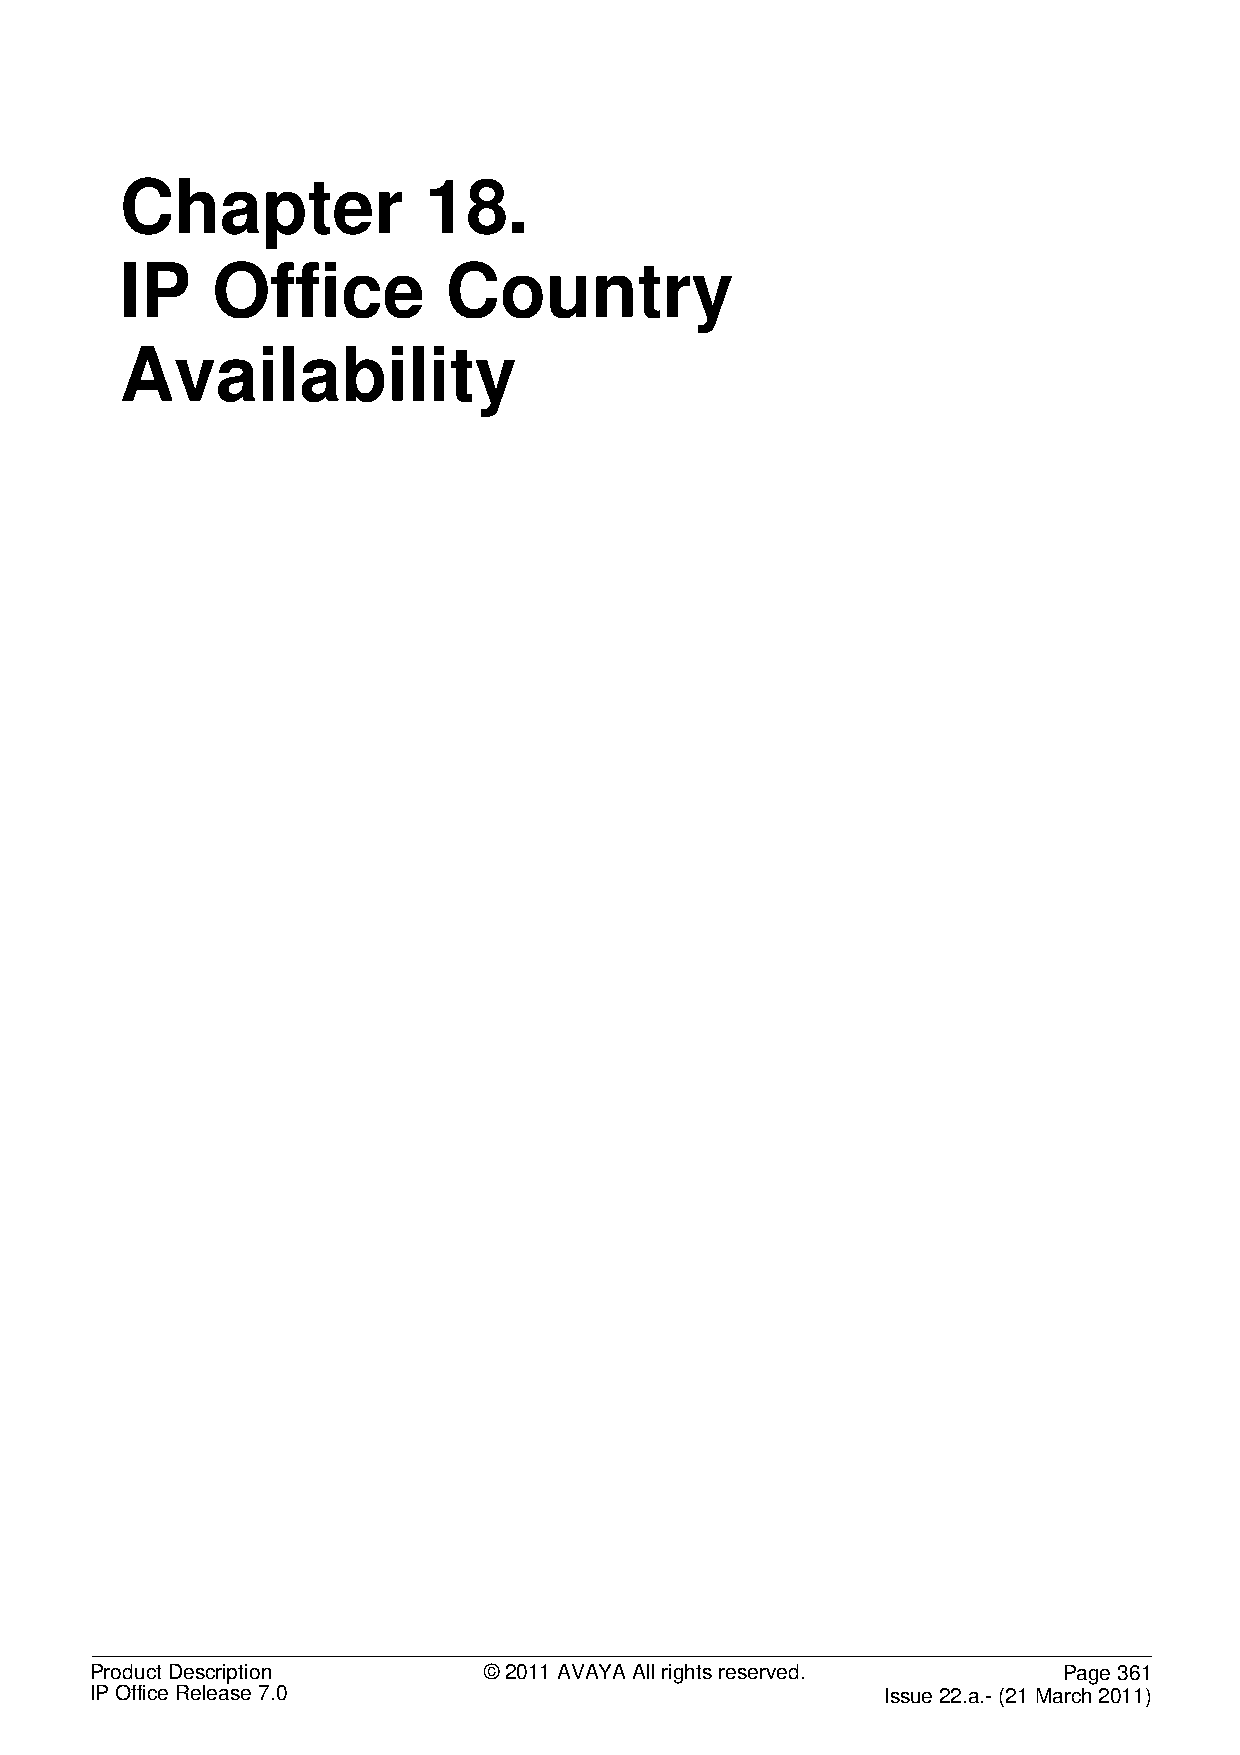
Chapter             18.
 IP    Office          Country
 Availability
 Product Description       © 2011 AVAYA All rights reserved.     Page 361
 IP Office Release 7.0                                Issue 22.a.- (21 March 2011)